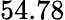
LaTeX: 54.78